Report on vaccination in Madras 1895-1903 - 1895-1903
Year: 1895
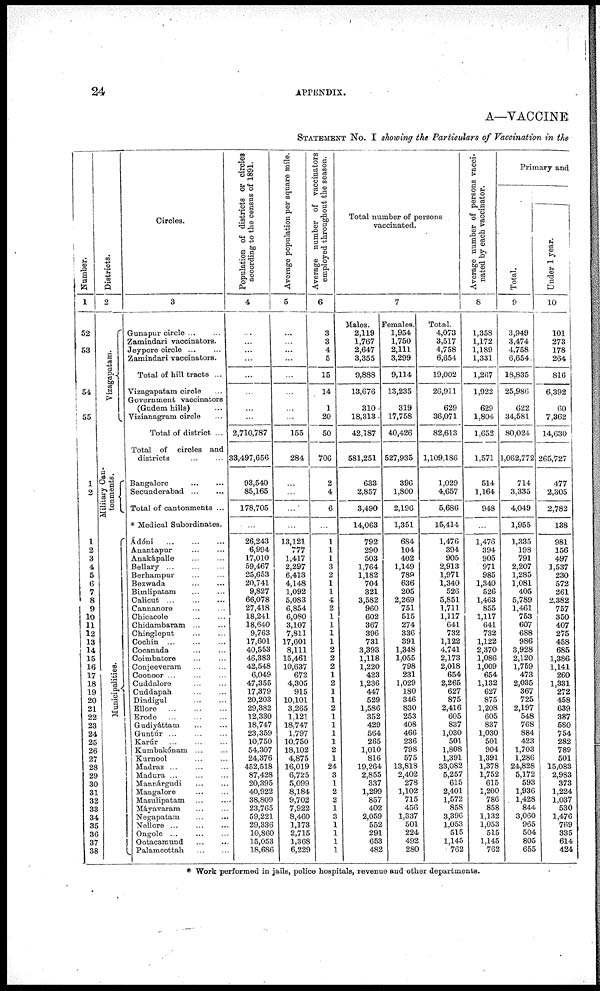
24
APPENDIX.
A—VACCINE
STATEMENT No. I showing the Particulars of Vaccination in the
Number.
1
52
53
54
55
1
2
1
2
3
4
5
6
7
8
9
10
11
12
13
14
15
16
17
18
19
20
21
22
23
24
25
26
27
28
29
30
31
32
33
34
35
36
37
38
Districts.
2
Vizagapatam.
Military Can-
tonments.
Municipalities.
Circles.
3
Gunapur circle...
...
Zamindari vaccinators.
Jeypore
circle...
...
Zamindari vaccinators.
Total of hill tracts ...
Vizagapatam circle...
Government vaccinators
(Gudem hills) ...
Vizianagram circle...
Total of district ...
Total of circles and
districts ... ...
Bangalore...
...
Secunderabad ... ...
Total of cantonments ...
* Medical Subordinates.
Ádóni... ... ...
Anantapur...
...
Anakápalle... ...
Bellary...
...
...
Berhampur... ...
Bezwada... ...
Bimlipatam... ...
Calicut ...
Cannanore... ...
Chicacole
...
...
Chidambaram... ...
Chingleput...
...
Cochin ... ...
Cocanada... ...
Coimbatore...
...
Conjeeveram... ...
Coonoor ...
Cuddalore... ...
Cuddapah... ...
Dindigul... ...
Ellore...
...
...
Erode... ... ...
Gudiyáttam... ...
Guntúr...
...
...
Karúr... ...
Kumbakónam... ...
Kurnool...
...
Madras ... ... ...
Madura ...
...
...
Mannárgudi ... ...
Mangalore... ...
Masulipatam... ...
Máyavaram...
...
Negapatam... ...
Nellore...
...
...
Ongole...
...
Ootacamund... ...
Palamcottah... ...
Population of districts or circles
according to the census of 1891.
4
...
...
...
...
...
...
...
...
2,710,787
33,497,656
93,540
85,165
178,705
...
26,243
6,994
17,010
59,467
25,653
20,741
9,827
66,078
27,418
18,241
18,640
9,763
17,601
40,553
46,383
42,548
6,049
47,355
17,379
20,203
29,382
12,330
18,747
23,359
10,750
54,307
24,376
452,518
87,428
20,395
40,922
38,809
23,765
59,221
29,336
10,860
15,053
18,686
Average population per square mile.
5
...
...
...
...
...
...
...
...
155
284
...
...
...
...
13,121
777
1,417
2,297
6,413
4,148
1,092
5,083
6,854
6,080
3,107
7,811
17,601
8,111
15,461
10,637
672
4,305
915
10,101
3,265
1,121
18,747
1,797
10,750
18,102
4,875
16,019
6,725
5,099
8,184
9,702
7,922
8,460
1,173
2,715
1,368
6,229
Average number of vaccinators
employed throughout the season.
6
3
3
4
5
15
14
1
20
50
706
2
4
6
...
1
1
1
3
2
1
1
4
2
1
1
1
1
2
2
2
1
2
1
1
2
1
1
1
1
2
1
24
3
1
2
2
1
3
1
1
1
1
Total number of persons
vaccinated.
7
Males.
2,119
1,767
2,647
3,355
9,888
13,676
310
18,313
42,187
581,251
633
2,857
3,490
14,063
792
290
503
1,764
1,182
704
321
3,582
960
602
367
396
731
3,393
1,118
1,220
423
1,236
447
529
1,586
352
429
564
265
1,010
816
19,264
2,855
337
1,299
857
402
2,059
552
291
653
482
Females.
1,954
1,750
2,111
3,299
9,114
13,235
319
17,758
40,426
527,935
396
1,800
2,196
1,351
684
104
402
1,149
789
636
205
2,269
751
515
274
336
391
1,348
1,055
798
231
1,029
180
346
830
253
408
466
236
798
575
13,818
2,402
278
1,102
715
456
1,337
501
224
492
280
Total.
4,073
3,517
4,758
6,654
19,002
26,911
629
36,071
82,613
1,109,186
1,029
4,657
5,686
15,414
1,476
394
905
2,913
1,971
1,340
526
5,851
1,711
1,117
641
732
1,122
4,741
2,173
2,018
654
2,265
627
875
2,416
605
837
1,030
501
1,808
1,391
33,082
5,257
615
2,401
1,572
858
3,396
1,053
515
1,145
762
Average number of persons vacci-
nated by each vaccinator.
8
1,358
1,172
1,189
1,331
1,267
1,922
629
1,804
1,652
1,571
514
1,164
948
...
1,476
394
905
971
985
1,340
526
1,463
855
1,117
641
732
1,122
2,370
1,086
1,009
654
1,132
627
875
1,208
605
837
1,030
501
904
1,391
1,378
1,752
615
1,200
786
858
1,132
1,053
515
1,145
762
Primary and
Total.
9
3,949
3,474
4,758
6,654
18,835
25,986
622
34,581
80,024
1,062,772
714
3,335
4,049
1,955
1,335
198
791
2,207
1,285
1,081
405
5,789
1,461
753
607
688
986
3,928
2,120
1,759
473
2,035
367
725
2,197
548
768
884
423
1,703
1,286
24,828
5,172
593
1,936
1,428
844
3,060
965
504
805
655
Under 1 year.
10
101
273
178
264
816
6,392
60
7,362
14,630
265,727
477
2,305
2,782
138
981
156
497
1,537
230
572
261
2,382
757
350
407
275
458
685
1,386
1,141
260
1,331
272
458
639
387
580
754
282
789
501
15,083
2,983
373
1,224
1,037
530
1,476
769
335
614
424
* Work performed in jails, police hospitals, revenue and other departments.